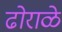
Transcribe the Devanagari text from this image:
ढोराळे